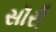
સૉરી